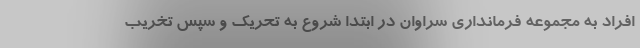
افراد به مجموعه فرمانداری سراوان در ابتدا شروع به تحریک و سپس تخریب